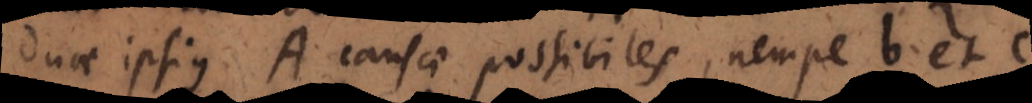
duae ipsius A causae possibiles, nempe b et c